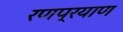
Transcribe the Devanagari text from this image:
रणप्रयाण